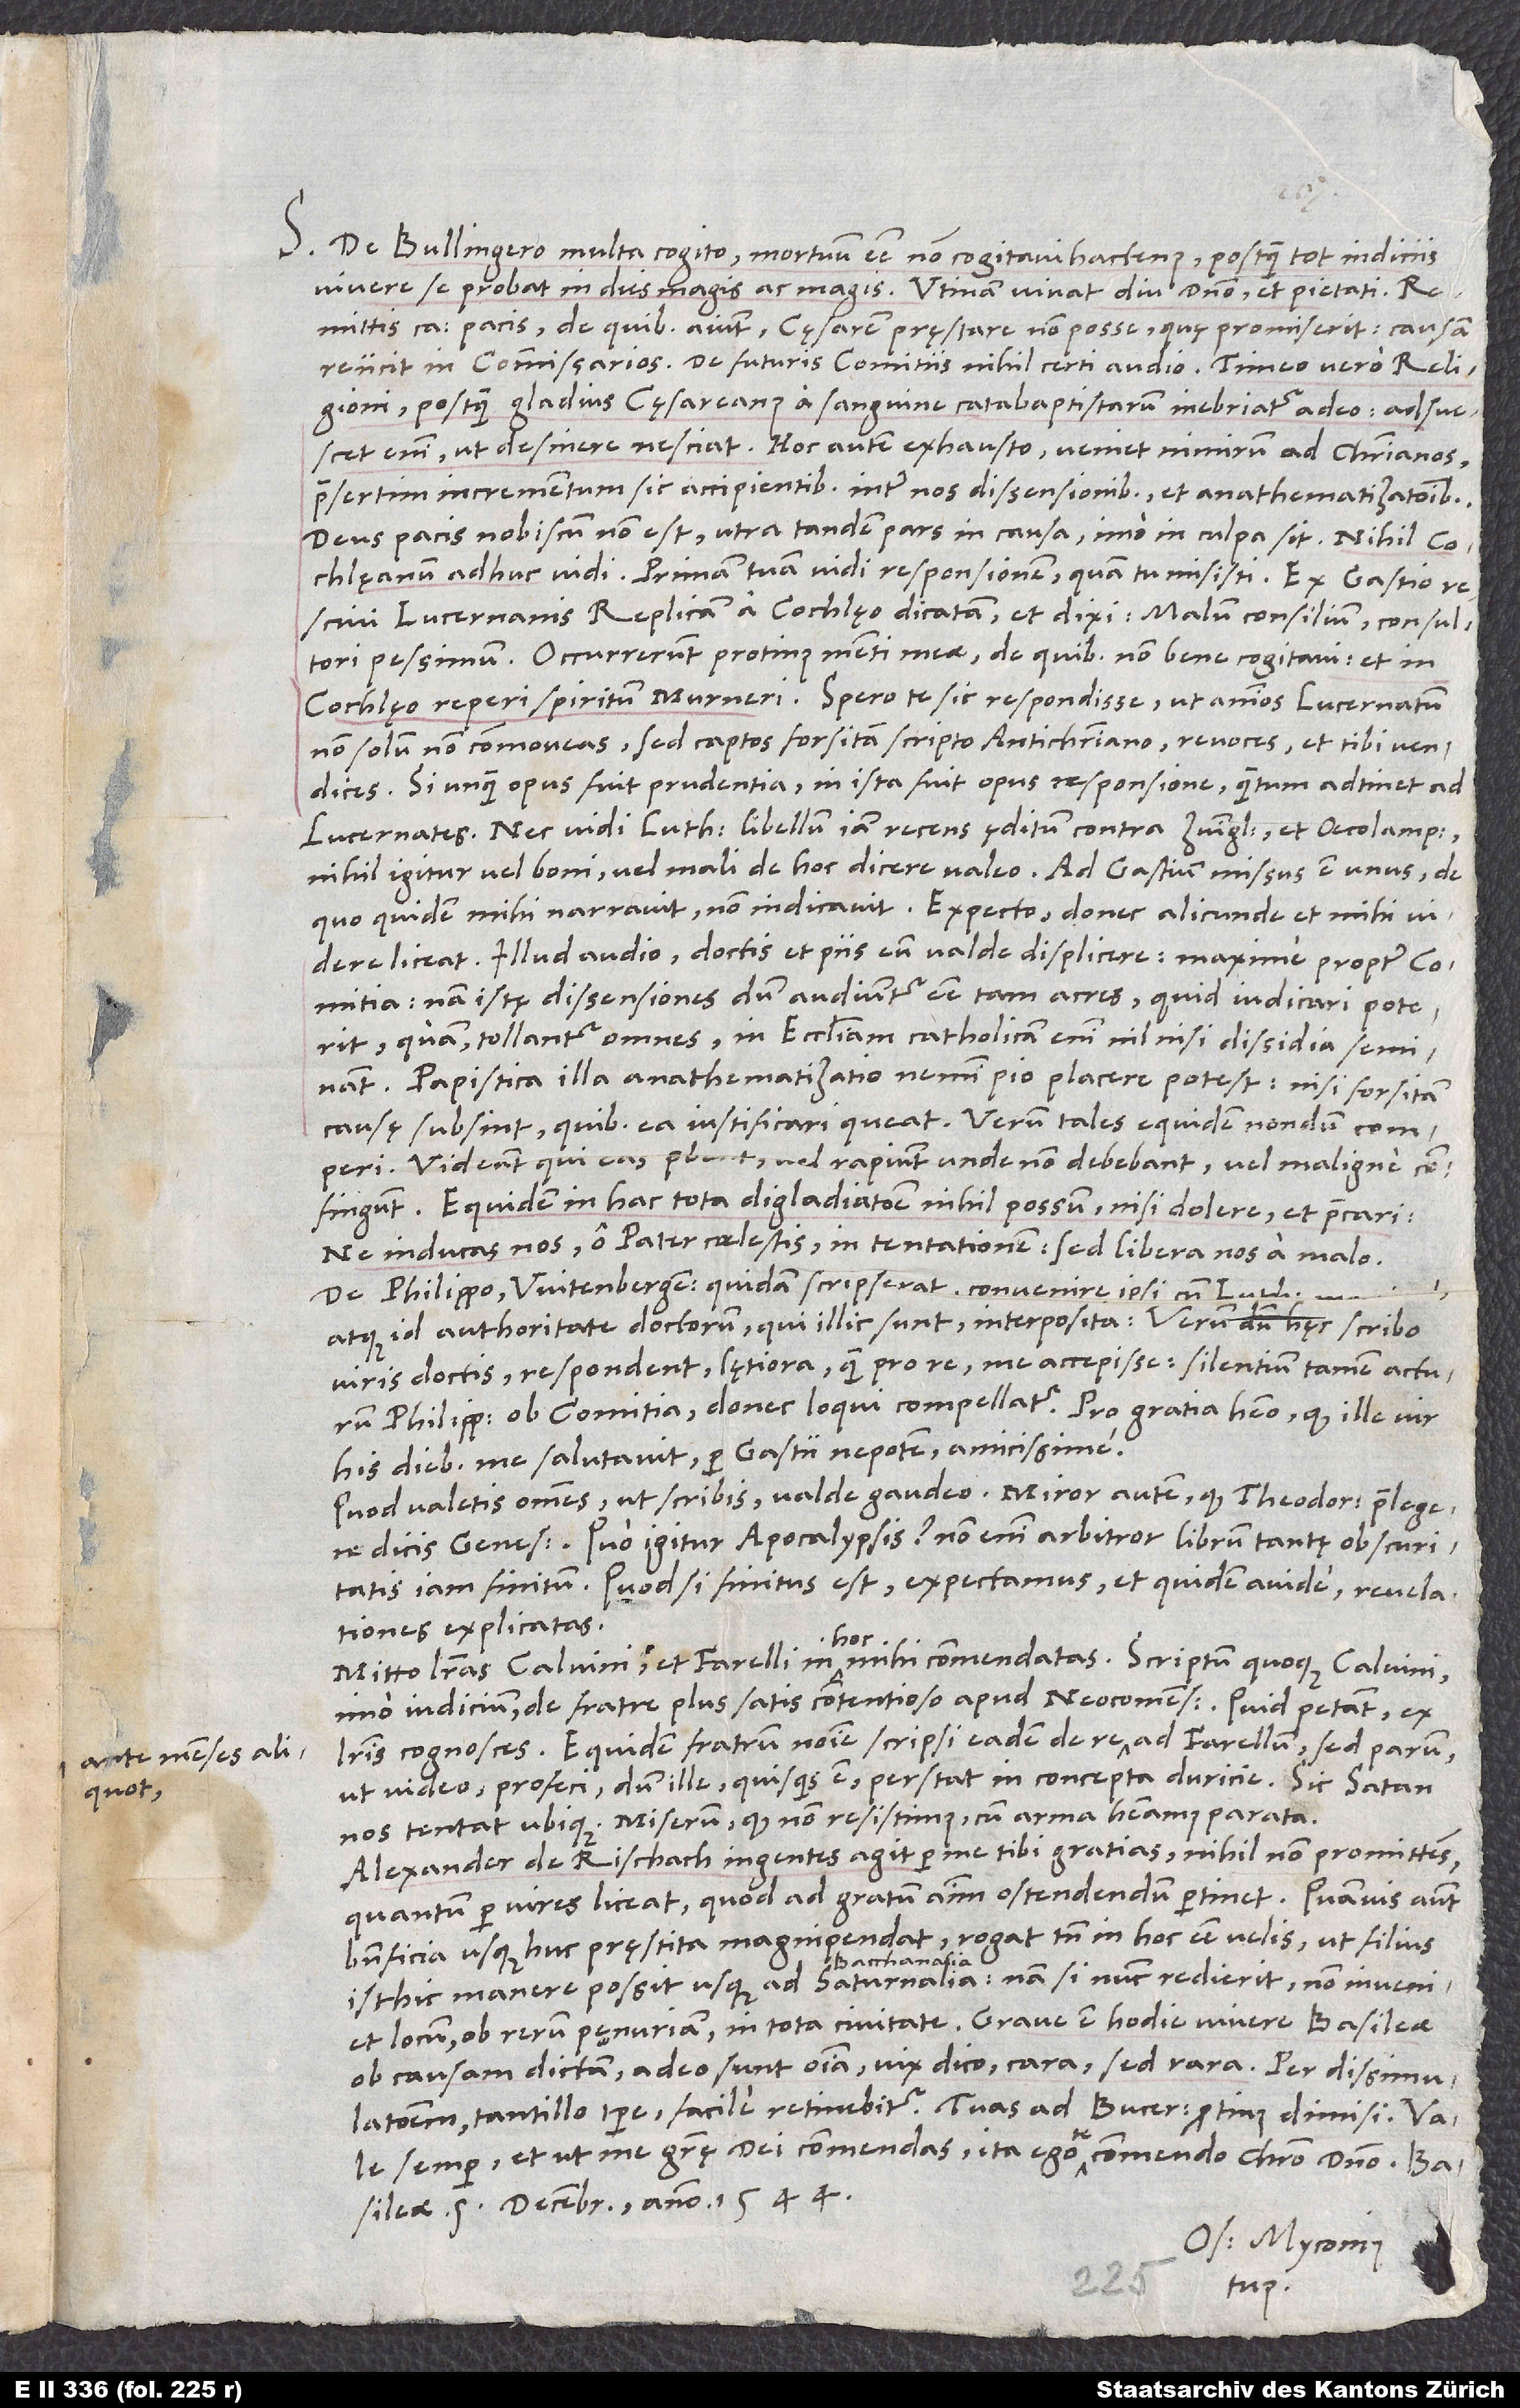
S. De Bullingero multa cogito. Mortuum esse non cogitavi hactenus, postquam tot indiciis
vivere se probat in dies magis ac magis. Utinam vivat diu domino et pietati!
Remittis ca pacis, de quibus aiunt cęsarem pręstare non posse, quę promiserit. Causam
reiicit in commissarios. De futuris comitiis nihil certi audio. Timeo vero religioni,
postquam gladius cęsareanus a sanguine catabaptistarum inebriatur adeo. Adsuescet
enim, ut desinere nesciat. Hoc autem exhausto veniet nimirum ad christianos
praesertim incrementum sic accipientibus inter nos dissensionibus et anathematizationibus.
Deus pacis nobiscum non est, utra tandem pars in causa imo in culpa sit.
Cochlęanum adhuc vidi. Primam tuam vidi responsionem, quam tu misisti. Ex Gastio
rescivi Lucernanis replicam a Cochlęo dicatam; et dixi: „Malum consilium consultori
pessimum.“ Occurrerunt protinus menti meae, de quibus non bene cogitavi: et in
Cochlęo reperi spiritum Murneri. Spero te sic respondisse, ut animos Lucernatum
non solum non commoveas, sed captos forsitan scripto antichristiano revoces et tibi vendices.
Si unquam opus fuit prudentia, in ista fuit opus responsione, quantum adtinet ad
Nec vidi Lutheri libellum iam recens ęditum contra Zvinglium et Oecolampadium.
Nihil igitur vel boni vel mali de hoc dicere valeo. Ad Gastium missus est unus, de
quo quidem mihi narravit, non indicavit. Expecto, donec alicunde et mihi videre
liceat. Illud audio, doctis et piis eum valde displicere, maxime propter comitia.
Nam istę dissensiones, dum audiuntur esse tam acres, quid iudicari poterit,
quam tollantur omnes? In ecclesiam catholicam enim nil nisi dissidia seminant.
Papistica illa anathematizatio nemini pio placere potest, nisi forsitan
causę subsint, quibus ea iustificari queat; verum tales equidem nondum comperi.
Videant, qui eas probent, vel rapiunt, unde non debebant, vel maligne
confingunt. Equidem in hac tota digladiatione nihil possum nisi dolere et precari:
„Ne inducas nos, o pater coelestis, in tentationem, sed libera nos a malo“
De Philippo Witenbergensis quidam scripserat convenire ipsi cum Luthero maxime
viris doctis respondent lętiora quam pro re me accepisse: Silentium tamen acturum
Philippum ob comitia, donec loqui compellatur. Pro gratia habeo, quod ille vir
his diebus me salutavit per Gastii nepotem amicissime.
Quod valetis omnes, ut scribis, valde gaudeo. Miror autem, quod Theodorum praelegere
dicis Genesim. Quo igitur Apocalypsis? Non enim arbitror librum tantę obscuritatis
iam finitum. Quodsi finitus est, expectamus et quidem avide revelationes
explicatas.
Mitto literas Calvini et Farelli in hoc mihi commendatas, scriptum quoque Calvini,
imo iudicium de fratre plus satis contentioso apud Neocomenses. Quid petant, ex
literis cognosces. Equidem fratrum nomine scripsi eadem de re ante menses aliquot ad Farellum, sed parum,
ut video, profeci, dum ille, quisquis est, perstat in concepta duricie. Sic satan
nos tentat ubique; miserum, quod non resistimus, cum arma habeamus parata.
Alexander de Rischach ingentes agit per me tibi gratias nihil non promittens,
quantum per vires liceat, quod ad gratum animum ostendendum pertinet. Quamvis autem
beneficia usque huc pręstita magnipendat, rogat tamen, in hoc esse velis, ut filius
D.
isthic manere possit usque ad Bacchanalia. Nam si nunc redierit, non inveniet
locum ob rerum pęnuriam in tota civitate. Grave est hodie vivere Basileae
ob causam dictam, adeo sunt omnia, vix dico cara, sed rara. Per dissimulationem
semper et, ut me gratię dei commendas, ita ego te commendo Christo domino.
Basileae, 5. decembris anno 1544.